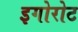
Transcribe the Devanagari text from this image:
इगोरोट